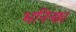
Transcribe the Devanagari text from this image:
भनिन्छ।